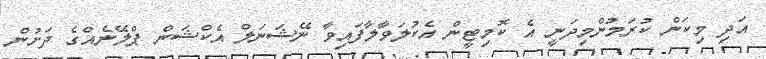
އަދި މިކަން ކުރަމުންމިދަނީ އެ ކޮމިޓީން އެކުލަވާލާފައިވާ ނޭޝަނަލް އެކްޝަން ޕްލޭނެއްގެ ދަށުން